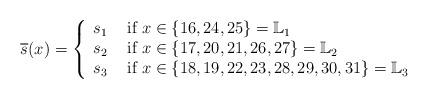
LaTeX: \begin{align*}\overline{s}(x)=\left\{\begin{array}{cl} s_1 & \mbox{ if } x\in\{16, 24, 25\} =\mathbb L_1 \\ s_2 & \mbox{ if } x \in \{17, 20, 21, 26, 27\}=\mathbb L_2\\ s_3 & \mbox{ if } x\in\{18, 19, 22, 23, 28, 29, 30, 31\}=\mathbb L_3\\\end{array}\right. \end{align*}